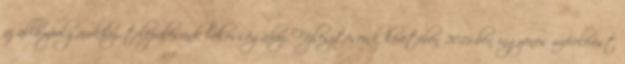
az állampolgárokhoz, településünk lakosságához. Fejlesztéseink keretében 2015-ben ingyenes wifi-elérést